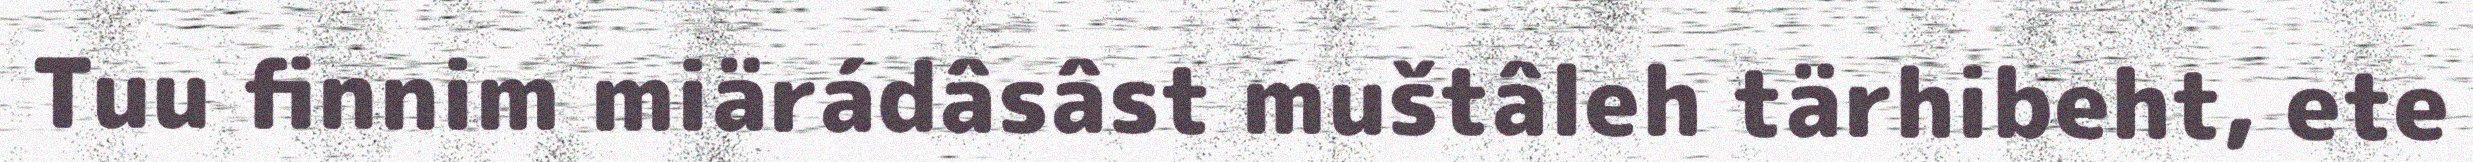
Tuu finnim miärádâsâst muštâleh tärhibeht, ete